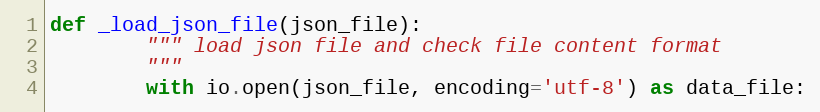
Language: Python
def _load_json_file(json_file):
        """ load json file and check file content format
        """
        with io.open(json_file, encoding='utf-8') as data_file: